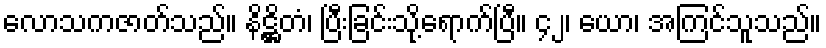
လောသကဇာတ်သည်။ နိဋ္ဌိတံ၊ ပြီးခြင်းသို့ရောက်ပြီ။ ၄၂၊ ယော၊ အကြင်သူသည်။